Leaving Certificate Examination (including Day School Certificate (Higher) General paper), 1933
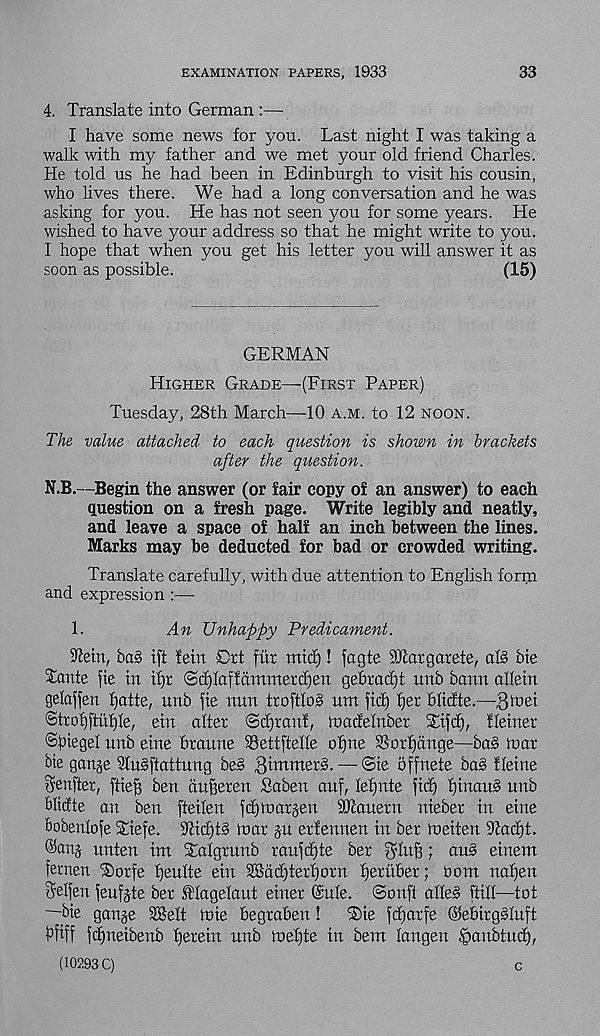
EXAMINATION PAPERS, 1933
33
4. Translate into German :—
I have some news for you. Last night I was taking a
walk with my father and we met your old friend Charles.
He told us he had been in Edinburgh to visit his cousin,
who lives there. We had a long conversation and he was
asking for you. He has not seen you for some years. He
wished to have your address so that he might write to you.
I hope that when you get his letter you will answer it as
soon as possible.
(15)
GERMAN
Higher Grade—(First Paper)
Tuesday, 28th March—10 a.m. to 12 noon.
The value attached to each question is shown in brackets
after the question.
N.B.—Begin the answer (or fair copy of an answer) to each
question on a fresh page. Write legibly and neatly,
and leave a space of half an inch between the lines.
Marks may be deducted for bad or crowded writing.
Translate carefully, with due attention to English form
and expression :—
1.
An Unhappy Predicament.
iftetn, ba§ ift fern Ort fur mid)! fagte iOcargarete, al§ bte
Xante fie in if)r @ d) la f f a turner d) en gehradjt unb bann aHetn
gelaffen tjatte, unb fie nun troftloS um fid) fjer blidte.—3h>ei
©trofjftufjle, eiu alter Sdjranf, toadelnber Xtfd), fleiner
©fnegel unb eine braune SSettftelle ofjne iS ort)tinge—ba§ toar
Me ganje 2tu§ftattung be§ Dimmer^. — ®te offnete ba§ fletne
Senfter, ftieg ben duBereu Sabeu auf, tefjnte fid) f)inau§ unb
blidte an ben fteiten fd)luarjen SDtaueru uteber in eine
Bobentofe Xtefe. s Jdd)t§ toar jit erfennen in ber tneiten 9cacf)t.
©anj unten im Xatgrunb raufd)te ber grtufj; au§ einem
femen ®orfe f)eutte etn 2Bdd)tert)orn fjeruber; oom nafjen
Selfen feufjte ber .ttagetaut etuer Gule. ©oufi alle§ ftitf—tot
—Me gauge SBelt tnie begrabeu!
®ie fd)arfe ©ebirgsluft
bfiff fd)netbeub fjerein unb tueftte in bem langen §anbtud),
(10293 C)
c